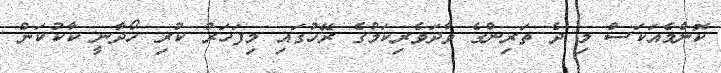
ކޮންމެއަކަސް މި ދެ ތަރިންގެ ވާދަވެރިކަމުގެ ރޭހުގައި މިފަހަރު ކުރި ހޯދާނީ ކާކުކަން